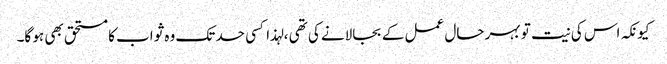
کیونکہ اس کی نیت تو بہر حال عمل کے بجالانے کی تھی ، لہذا کسی حد تک وہ ثواب کا مستحق بھی ہو گا۔